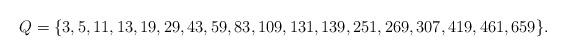
LaTeX: \begin{align*}Q=\{3, 5, 11, 13, 19, 29, 43, 59, 83, 109, 131, 139, 251, 269, 307, 419, 461, 659\}.\end{align*}